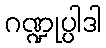
ဂဏ္ဍုပ္ပါဒါ